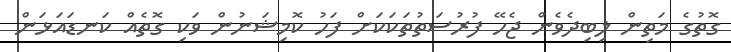
ގޮތުގެ މަތިން ލިބިދެވެން ޖެހޭ ފުރުސަތުތަކަކަށް ފަހު ކޮމިޝަނުން ވަކި ގޮތެއް ކަނޑައަޅަން